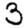
Digit: 3